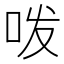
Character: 𭇜